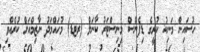
ހުސައިން މަނިކު ކުރީގެ ޑިފެންސް މިނިސްޓަރު ކާނަލް (ރޓޑ) މުހައްމަދު ނާޒިމްއަށް ކުރެއްވި